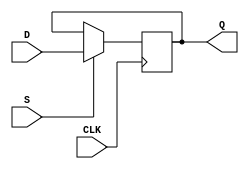
module d_ff (
    input D,
    input CLK,
    input S,
    output reg Q
);

always @(posedge CLK) begin
    if (S) begin
        Q <= D;
    end
end

endmodule